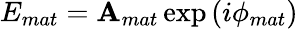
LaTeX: E_{mat}=\mathbf{A}_{mat}\exp{(i\phi_{mat})}